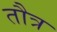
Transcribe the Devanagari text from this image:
तौत्र